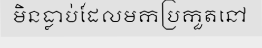
មិនធ្លាប់ដែលមកប្រកួតនៅ